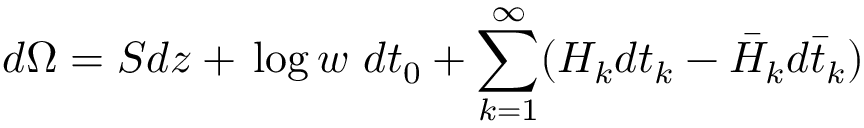
d \Omega = S d z + \, \mathrm { l o g } \, w \ d t _ { 0 } + \sum _ { k = 1 } ^ { \infty } ( H _ { k } d t _ { k } - \bar { H } _ { k } d \bar { t } _ { k } )